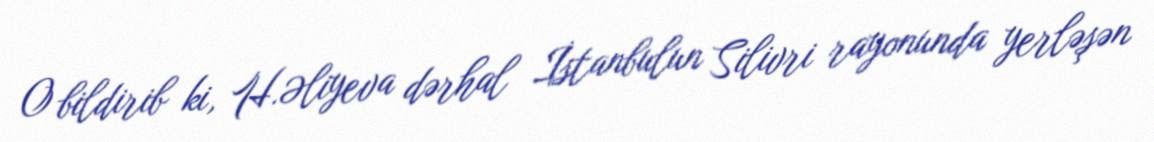
O bildirib ki, H.Əliyeva dərhal İstanbulun Silivri rayonunda yerləşən